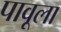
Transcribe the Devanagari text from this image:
पावूला